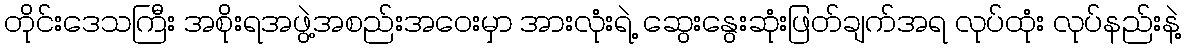
တိုင်းဒေသကြီး အစိုးရအဖွဲ့အစည်းအဝေးမှာ အားလုံးရဲ့ ဆွေးနွေးဆုံးဖြတ်ချက်အရ လုပ်ထုံး လုပ်နည်းနဲ့